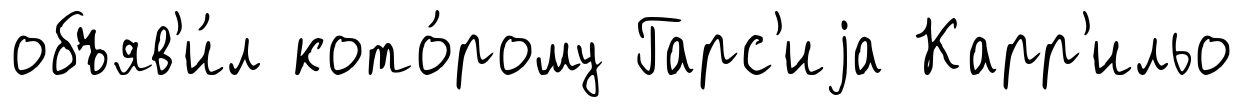
объяв'и́л кото́рому Гарс'иjа Карр'ильо